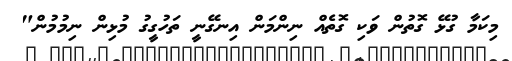
މިކަމާ ގުޅޭ ގޮތުން ވަކި ގޮތެއް ނިންމަން އިނގޭނީ ތަހުގީގު މުޅިން ނިމުމުން"